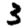
Digit: 3